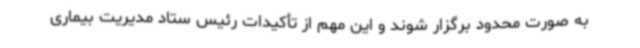
به صورت محدود برگزار شوند و این مهم از تأکیدات رئیس ستاد مدیریت بیماری